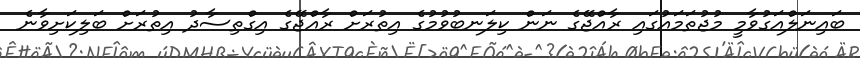
ބައިނަލްއަގުވާމީ މުޖުތަމައުގައި ރާއްޖޭގެ ނަން ކިލަނބުވުމުގެ އިތުރަށް ރާއްޖޭގެ އިގްތިސާދު އިތުރަށް ބަލިކަށިވާނެ